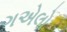
ગએલો